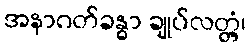
အနာဂတ်ခန္ဓာ ချုပ်လတ္တံ့၊